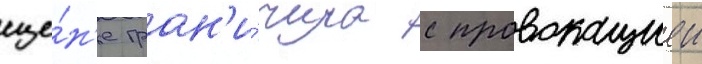
сце́н'е гран'и́чила с провокациеи